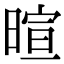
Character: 暄